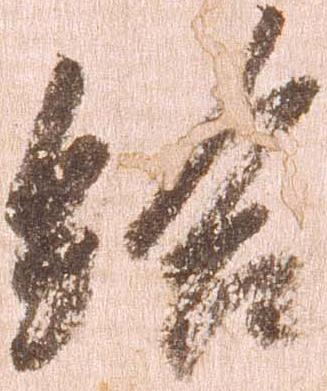
給